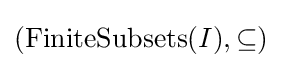
(\operatorname {FiniteSubsets} (I),\subseteq )